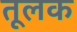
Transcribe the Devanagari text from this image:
तूलक